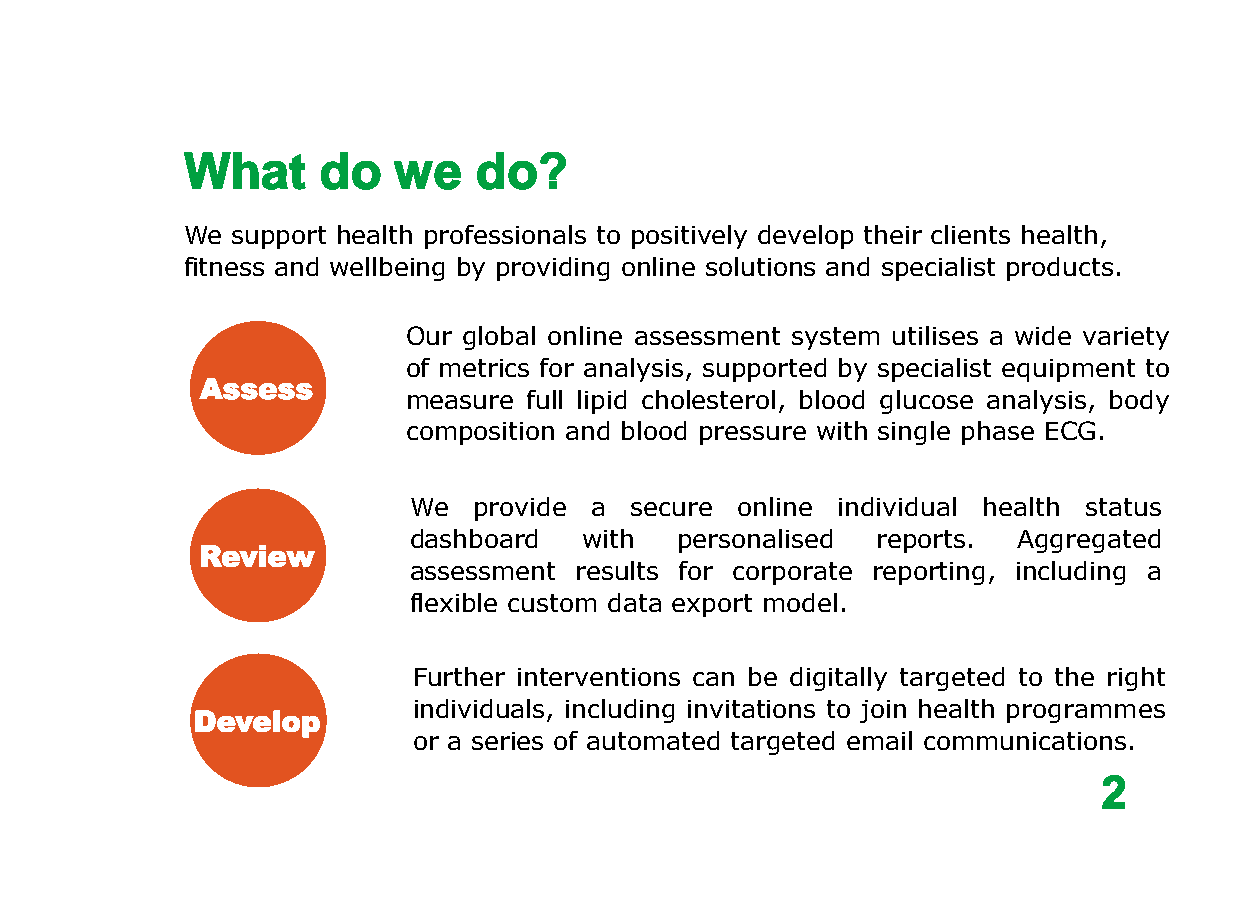
What     do   we   do?
 We support health professionals to positively develop their clients health,
 fitness and wellbeing by providing online solutions and specialist products.
 Our global online assessment system utilises a wide variety
 of metrics for analysis, supported by specialist equipment to
 Assess
 measure full lipid cholesterol, blood glucose analysis, body
 composition and blood pressure with single phase ECG.
 We  provide a  secure online individual health status
 dashboard   with  personalised reports. Aggregated
 Review
 assessment results for corporate reporting, including a
 flexible custom data export model.
 Further interventions can be digitally targeted to the right
 individuals, including invitations to join health programmes
 Develop
 or a series of automated targeted email communications.
 2